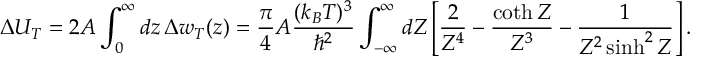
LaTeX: \Delta U _ { T } = 2 A \int _ { 0 } ^ { \infty } d z \, \Delta w _ { T } ( z ) = { \frac { \pi } { 4 } } A { \frac { ( k _ { B } T ) ^ { 3 } } { \hbar ^ { 2 } } } \int _ { - \infty } ^ { \infty } d { \cal Z } \left[ { \frac { 2 } { { \cal Z } ^ { 4 } } } - { \frac { \coth { \cal Z } } { { \cal Z } ^ { 3 } } } - { \frac { 1 } { { \cal Z } ^ { 2 } \sinh ^ { 2 } { \cal Z } } } \right] .